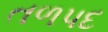
તળપદ